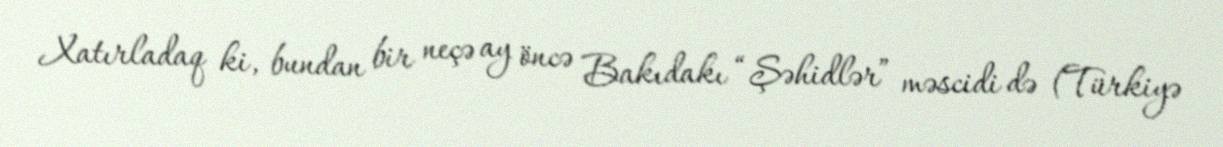
Xatırladaq ki, bundan bir neçə ay öncə Bakıdakı “Şəhidlər” məscidi də (Türkiyə